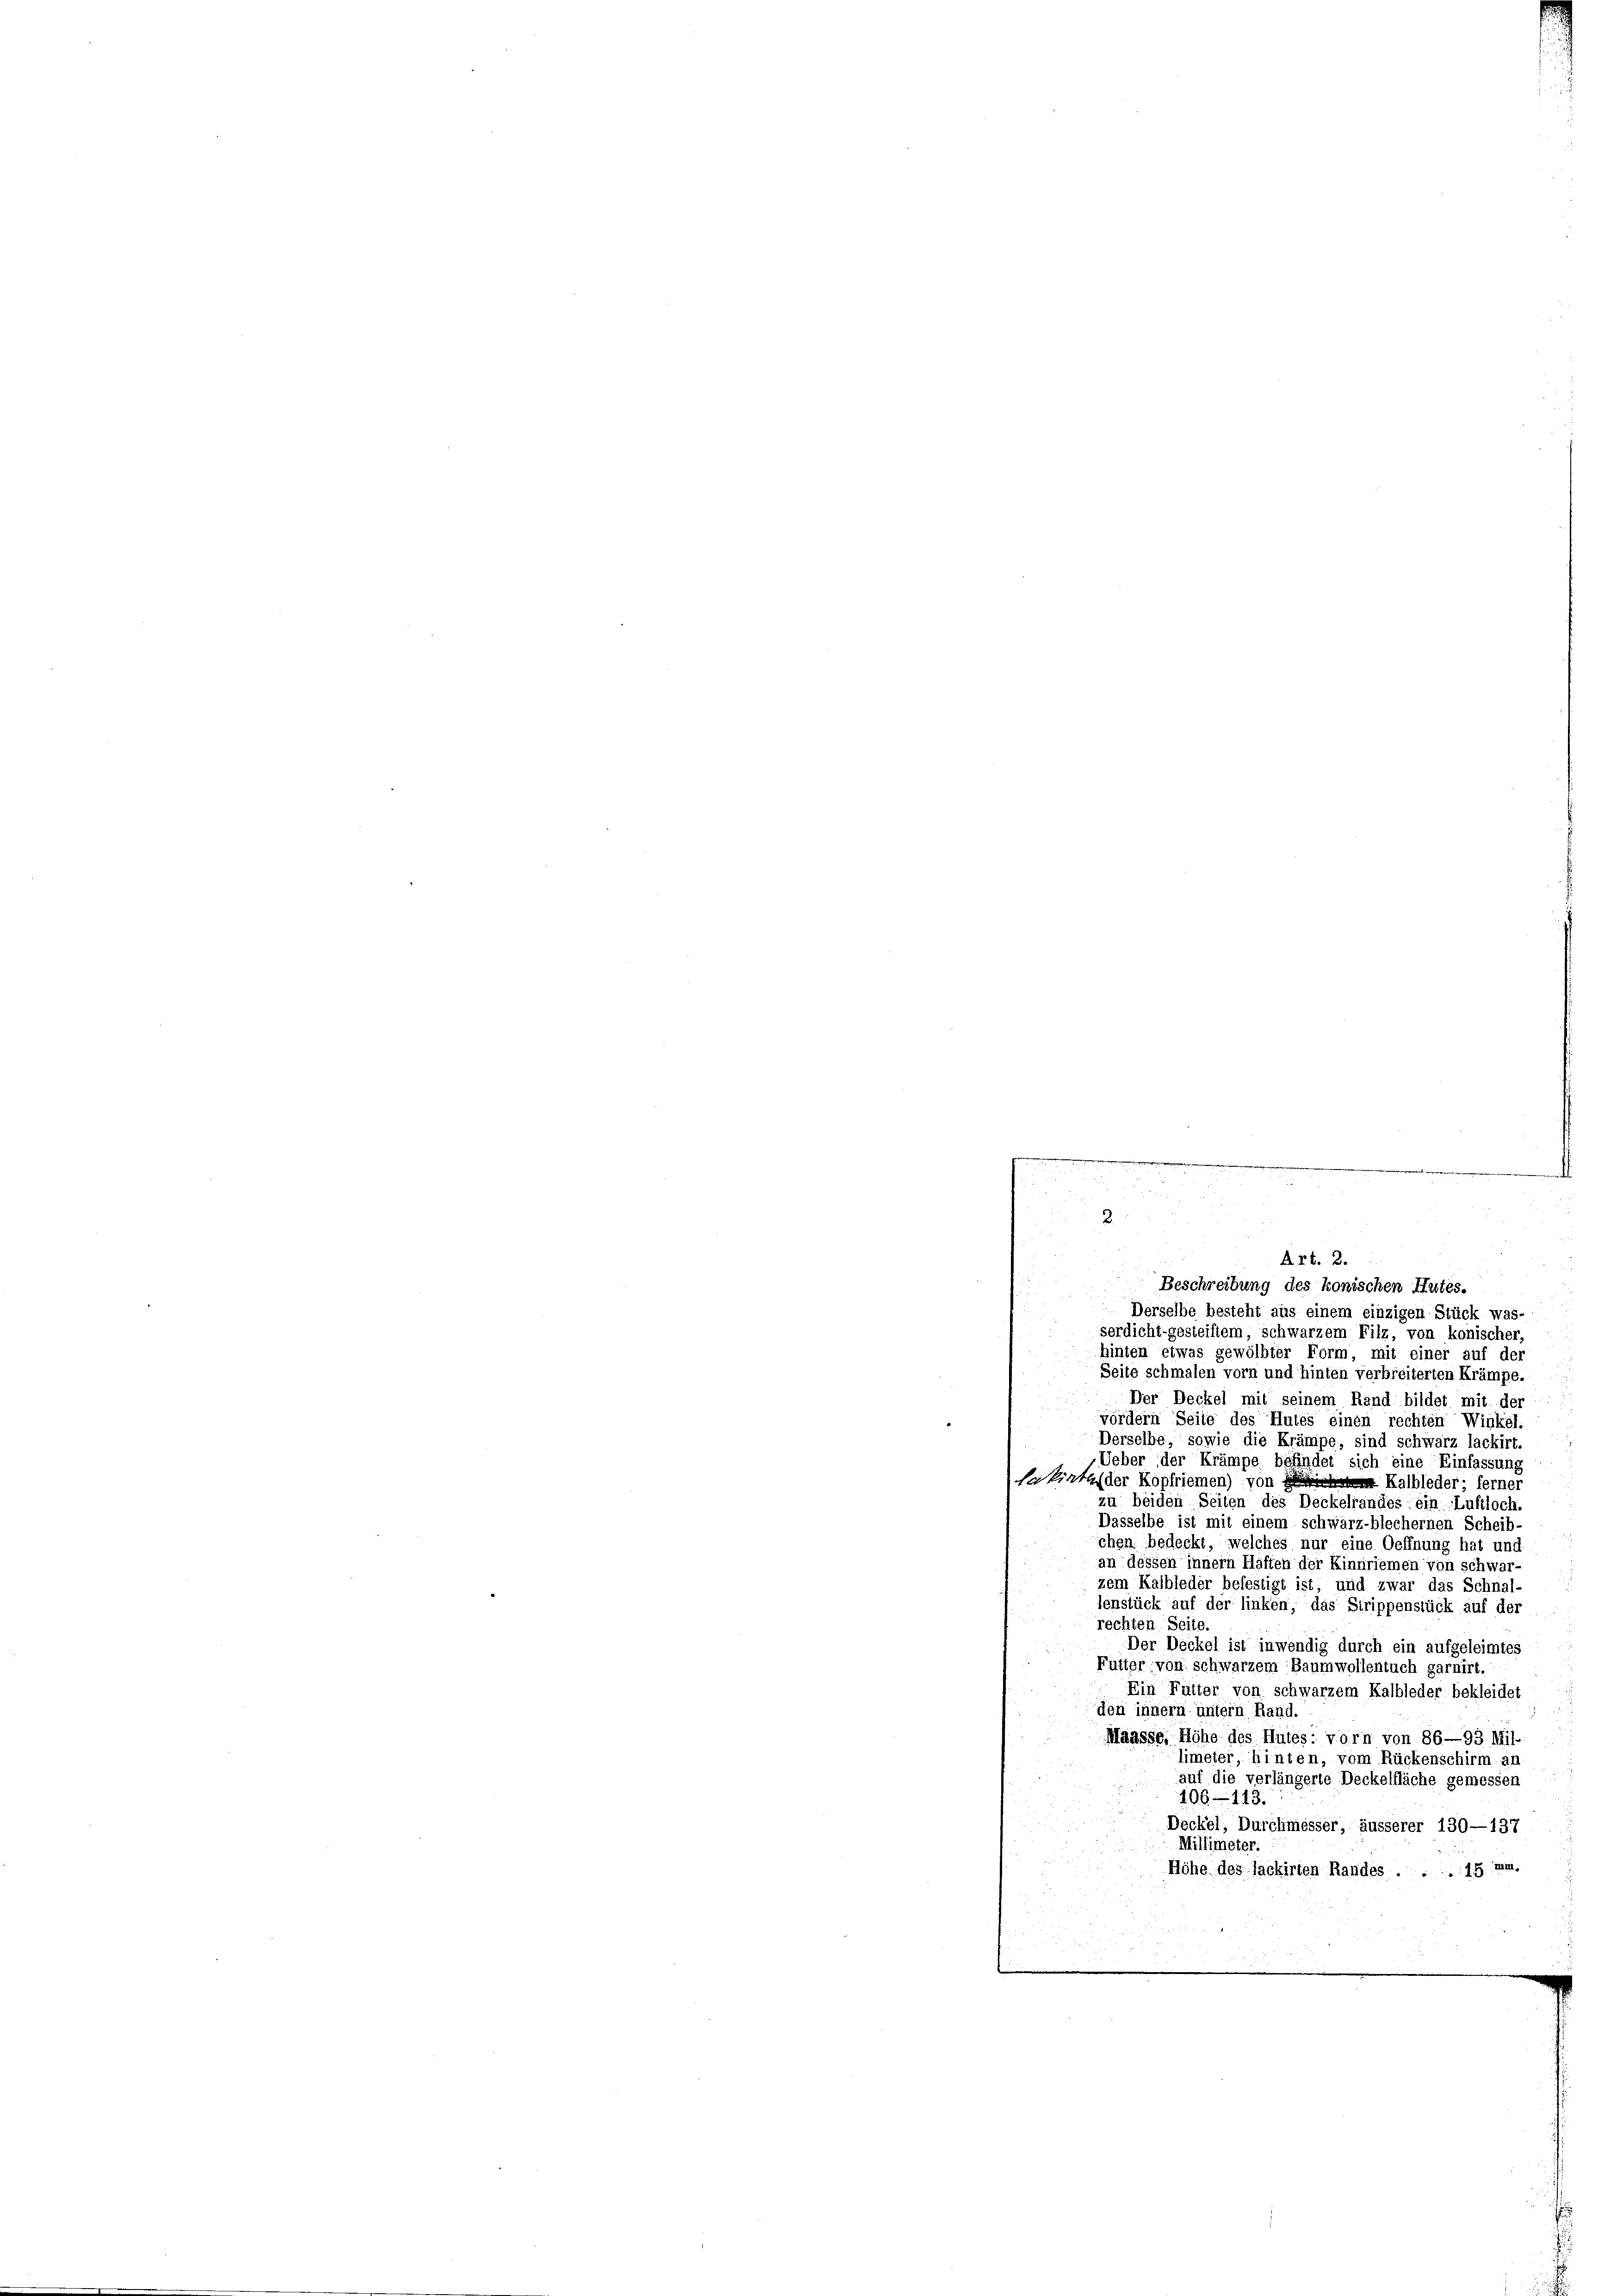
u

hinten etwas gewölbter Form, mit einer auf der
Seite schmalen vorn und hinten verbreiterten Krämpe.
Der Deckel mit seinem Rand bildet mit der
vördern Seite des Hutes einen rechten Winkel.
Derselbe, sowie die Krämpe, sind schwarz lackirt
Ueber der Krämpe befindet sich eine Einfassung
Skirt der Kopfriemen) von Kalleder ferner
zu beiden Seiten des Deckelrandes ein Luftloch.
Dasselbe ist mit einem schwarz-blechernen Scheib-
chen bedeckt, welches nur eine Oeffnung hat und
an dessen innern Haften der Kinnriemen von Schwar¬
.
zem Kalbleder befestigt ist, und zwar das Schnal-
ienstück auf der linken, das Strippenstück auf der
rechten Seite.
Der Deckel ist inwendig durch ein aufgeleimtes
Fütter, von schwarzem Baumwollentuch garnirt.
Ein Fütter von schwarzem Kalbleder bekleidet
den innern untern Rand.
Maasse, Höhe des Hutes: vorn von 86—93. Mil-
limeter, hinten, vom Rückenschirm ar
auf die verlängerte Deckelfläche gemessen
106—113.
Deckel, Durchmesser, äusserer 130—137
Millimeter.
Höhe des Jackirten Randes . . . 15 mi

Art. 2.
Beschreibung des konischen Hutes.
Derselbe besteht aus einem einzigen Stück was-
serdicht gesteiftem, schwarzem Filz, von konischer,